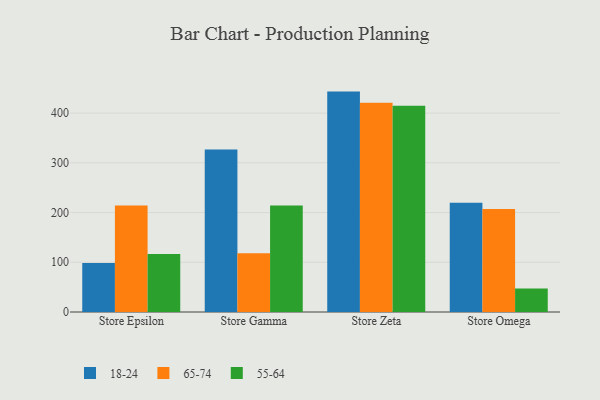
{"axis": {"x": "Store", "y": "Latency (ms)"}, "legend": ["18-24", "55-64", "65-74"], "data": [{"x": "Store Epsilon", "y": 98.5, "type": "18-24"}, {"x": "Store Epsilon", "y": 214.4, "type": "65-74"}, {"x": "Store Epsilon", "y": 116.5, "type": "55-64"}, {"x": "Store Gamma", "y": 326.9, "type": "18-24"}, {"x": "Store Gamma", "y": 118.0, "type": "65-74"}, {"x": "Store Gamma", "y": 214.4, "type": "55-64"}, {"x": "Store Zeta", "y": 443.2, "type": "18-24"}, {"x": "Store Zeta", "y": 420.8, "type": "65-74"}, {"x": "Store Zeta", "y": 414.7, "type": "55-64"}, {"x": "Store Omega", "y": 219.8, "type": "18-24"}, {"x": "Store Omega", "y": 206.9, "type": "65-74"}, {"x": "Store Omega", "y": 47.3, "type": "55-64"}]}